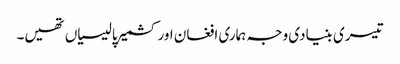
تیسری بنیادی وجہ ہماری افغان اور کشمیر پالیسیاں تھیں۔